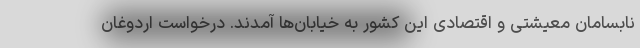
نابسامان معیشتی و اقتصادی این کشور به خیابان‌ها آمدند. درخواست اردوغان